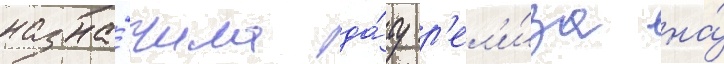
назна́чила да́ту р'ел'и́за на́